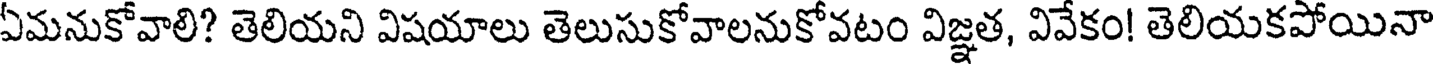
ఏమనుకోవాలి? తెలియని విషయాలు తెలుసుకోవాలనుకోవటం విజ్ఞత, వివేకం! తెలియకపోయినా